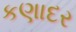
કણાદર